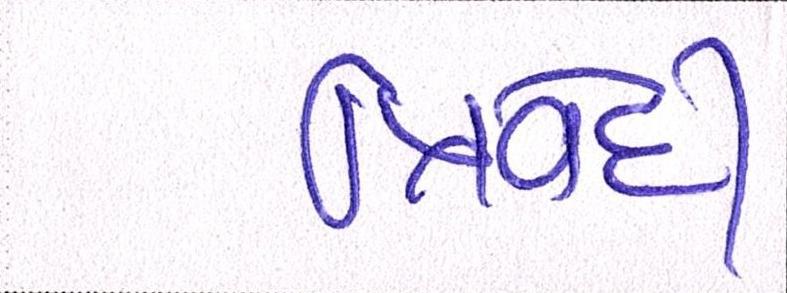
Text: ત્રિવેદી